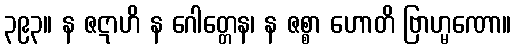
၃၉၃။ န ဇဋာဟိ န ဂေါတ္တေန၊ န ဇစ္စာ ဟောတိ ဗြာဟ္မဏော။